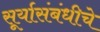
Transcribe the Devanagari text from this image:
सूर्यासंबंधीचे